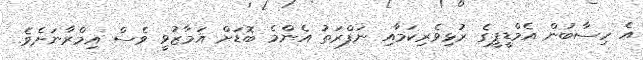
އެ ހިސާބުން އެމްޑީޕީގެ ރުޅިވެރިކަމާއި ނަފްރަތު އެންމެ ބޮޑަށް އަމާޒުވީ ވެސް އިމްރާނަަށެވެ.